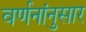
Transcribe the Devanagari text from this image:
वर्णनांनुसार